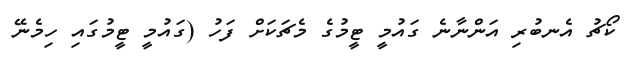
ކޯޗު އެނބުރި އަންނާނެ ގައުމީ ޓީމުގެ މެޗަކަށް ފަހު (ގައުމީ ޓީމުގައި ހިމެނޭ